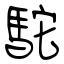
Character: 駝